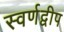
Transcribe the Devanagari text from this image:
स्वर्णद्वीप